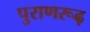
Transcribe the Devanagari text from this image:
पुराणरूढ़